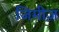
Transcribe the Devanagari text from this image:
जिमीज़